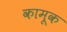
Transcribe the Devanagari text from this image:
कामूक